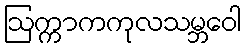
ဩက္ကာကကုလသမ္ဘဝေါ